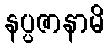
နပ္ပဇာနာမိ